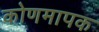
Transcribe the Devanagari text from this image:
कोणमापक